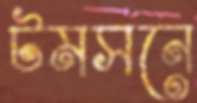
টমসনে